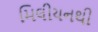
મિલીયનથી